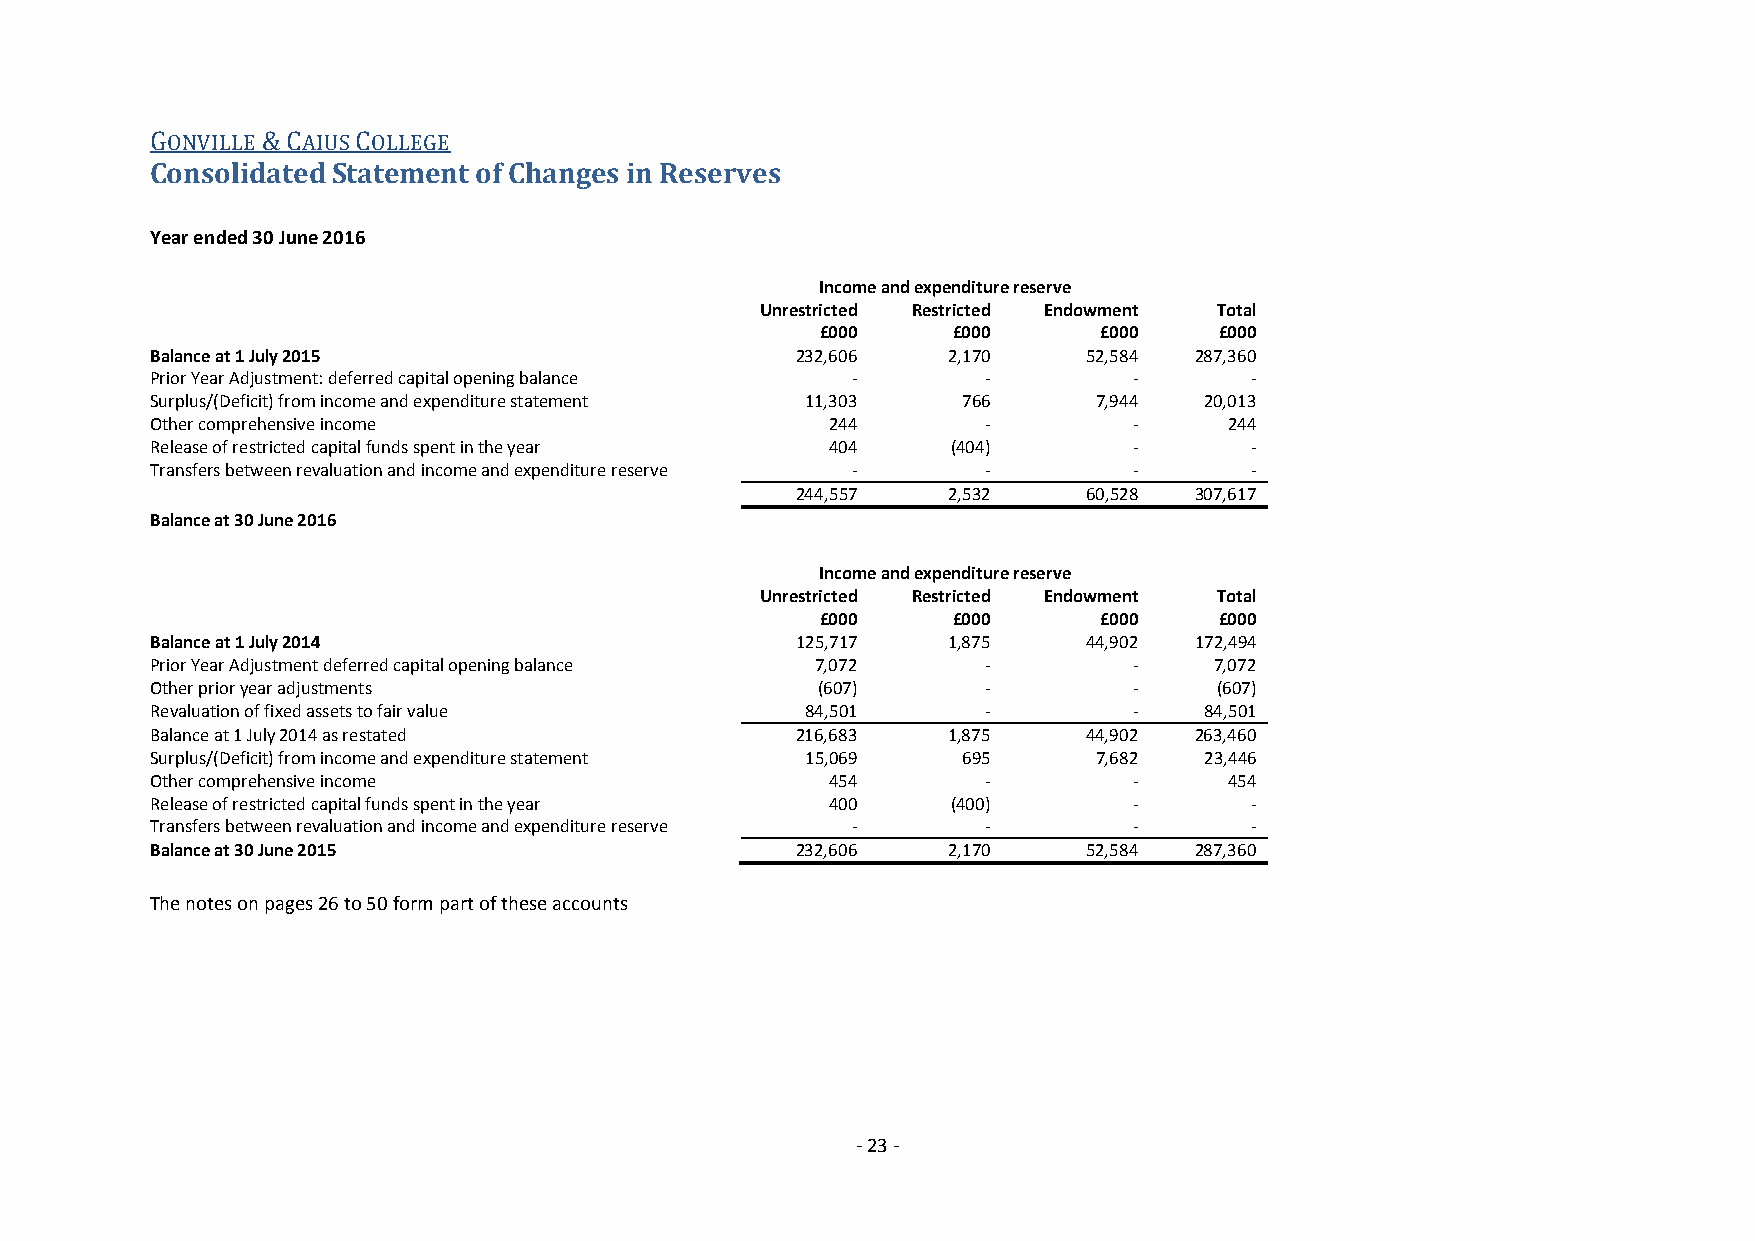
GONVILLE & CAIUS COLLEGE
 Consolidated Statement of Changes in Reserves
 Year ended 30 June 2016
 Income and expenditure reserve
 Unrestricted Restricted Endowment Total
 £000     £000      £000    £000
 Balance at 1 July 2015                     232,606   2,170    52,584 287,360
 Prior Year Adjustment: deferred capital opening balance - -      -       -
 Surplus/(Deficit) from income and expenditure statement 11,303 766 7,944 20,013
 Other comprehensive income                   244       -         -     244
 Release of restricted capital funds spent in the year 404 (404)  -       -
 Transfers between revaluation and income and expenditure reserve - - -   -
 244,557   2,532    60,528 307,617
 Balance at 30 June 2016
 Income and expenditure reserve
 Unrestricted Restricted Endowment Total
 £000     £000      £000    £000
 Balance at 1 July 2014                     125,717   1,875    44,902 172,494
 Prior Year Adjustment deferred capital opening balance 7,072 -   -    7,072
 Other prior year adjustments                (607)      -         -     (607)
 Revaluation of fixed assets to fair value  84,501      -         -    84,501
 Balance at 1 July 2014 as restated         216,683   1,875    44,902 263,460
 Surplus/(Deficit) from income and expenditure statement 15,069 695 7,682 23,446
 Other comprehensive income                   454       -         -     454
 Release of restricted capital funds spent in the year 400 (400)  -       -
 Transfers between revaluation and income and expenditure reserve - - -   -
 Balance at 30 June 2015                    232,606   2,170    52,584 287,360
 The notes on pages 26 to 50 form part of these accounts
 - 23 -